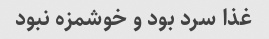
غذا سرد بود و خوشمزه نبود